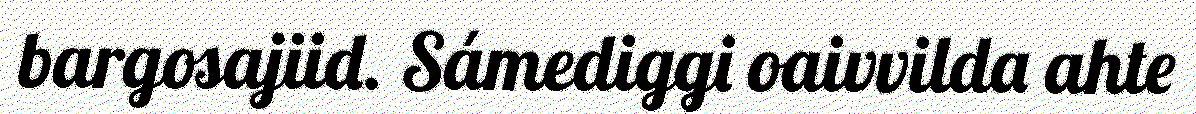
bargosajiid. Sámediggi oaivvilda ahte